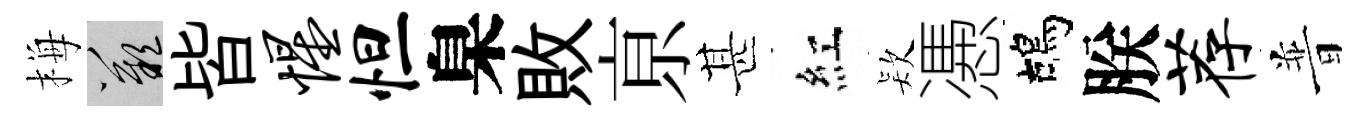
梅嘆皆惺怛臬敗亰甚紅𣣇慿鴣朕荐普